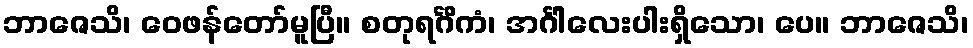
ဘာဇေသိ၊ ဝေဖန်တော်မူပြီ။ စတုရင်္ဂိကံ၊ အင်္ဂါလေးပါးရှိသော၊ ပေ။ ဘာဇေသိ၊